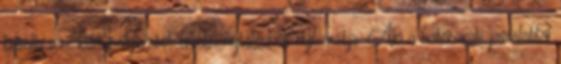
betöltésére kiírt pályázatot eredménytelennek nyilvánítja. Aki a határozati javaslattal